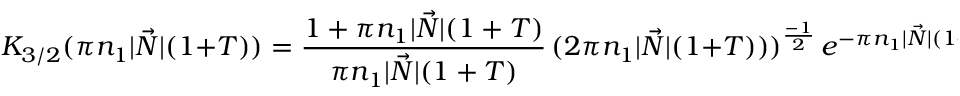
K _ { 3 / 2 } ( \pi n _ { 1 } | \vec { N } | ( 1 + T ) ) = \frac { 1 + \pi n _ { 1 } | \vec { N } | ( 1 + T ) } { \pi n _ { 1 } | \vec { N } | ( 1 + T ) } \, ( 2 \pi n _ { 1 } | \vec { N } | ( 1 + T ) ) ) ^ { \frac { - 1 } { 2 } } \, e ^ { - \pi n _ { 1 } | \vec { N } | ( 1 + T ) } . \, [ 5 p t ]